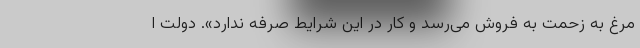
مرغ به زحمت به فروش می‌رسد و کار در این شرایط صرفه ندارد». دولت ا